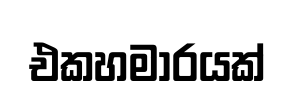
එකහමාරයක්